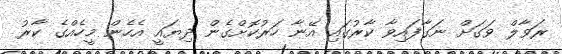
ރަވާލް ވަގަށް ނަގާފައިވާ ކާރުގައި އޭނާ ހަރުކޮށްގެން ދިޔައީ އެހެން މީހެއްގެ ކާރު